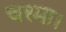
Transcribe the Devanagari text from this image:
चश्मा।